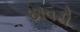
છાવરી